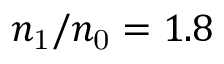
n _ { \mathrm { 1 } } / n _ { \mathrm { 0 } } = 1 . 8